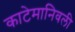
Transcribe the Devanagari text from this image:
काटेमानिवली